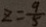
z = \frac { 9 } { 5 }